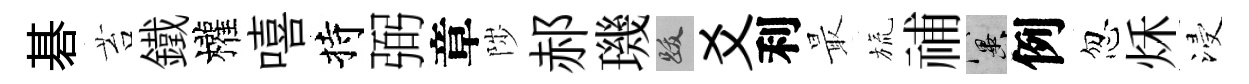
碁苔鐵權嘻持弼章陟郝璣跋爻利最旒𥙷冀例忽秌浸